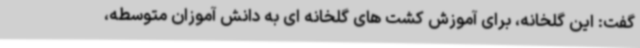
گفت: این گلخانه، برای آموزش کشت های گلخانه ای به دانش آموزان متوسطه،